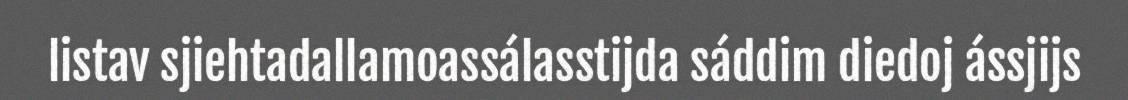
listav sjiehtadallamoassálasstijda sáddim diedoj ássjijs